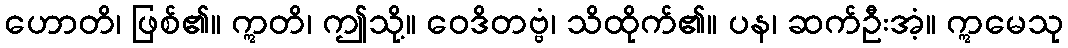
ဟောတိ၊ ဖြစ်၏။ ဣတိ၊ ဤသို့။ ဝေဒိတဗ္ဗံ၊ သိထိုက်၏။ ပန၊ ဆက်ဦးအံ့။ ဣမေသု